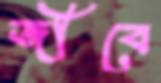
জীবে